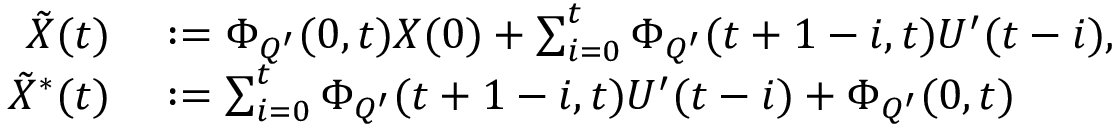
\begin{array} { r l } { \tilde { X } ( t ) } & { { } : = \Phi _ { Q ^ { \prime } } ( 0 , t ) X ( 0 ) + \sum _ { i = 0 } ^ { t } \Phi _ { Q ^ { \prime } } ( t + 1 - i , t ) U ^ { \prime } ( t - i ) , } \\ { \tilde { X } ^ { * } ( t ) } & { { } : = \sum _ { i = 0 } ^ { t } \Phi _ { Q ^ { \prime } } ( t + 1 - i , t ) U ^ { \prime } ( t - i ) + \Phi _ { Q ^ { \prime } } ( 0 , t ) } \end{array}